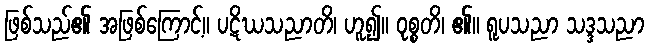
ဖြစ်သည်၏ အဖြစ်ကြောင့်။ ပဋိဃသညာတိ၊ ဟူ၍။ ဝုစ္စတိ၊ ၏။ ရူပသညာ သဒ္ဒသညာ